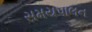
સમયપાલન